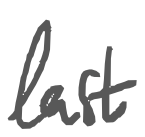
Text: last
Cross-out: clean
Writing tool: digital_gray